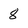
Character: 8